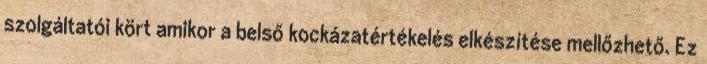
szolgáltatói kört amikor a belső kockázatértékelés elkészítése mellőzhető. Ez